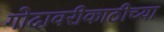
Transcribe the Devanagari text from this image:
गोदावरीकाठीच्या